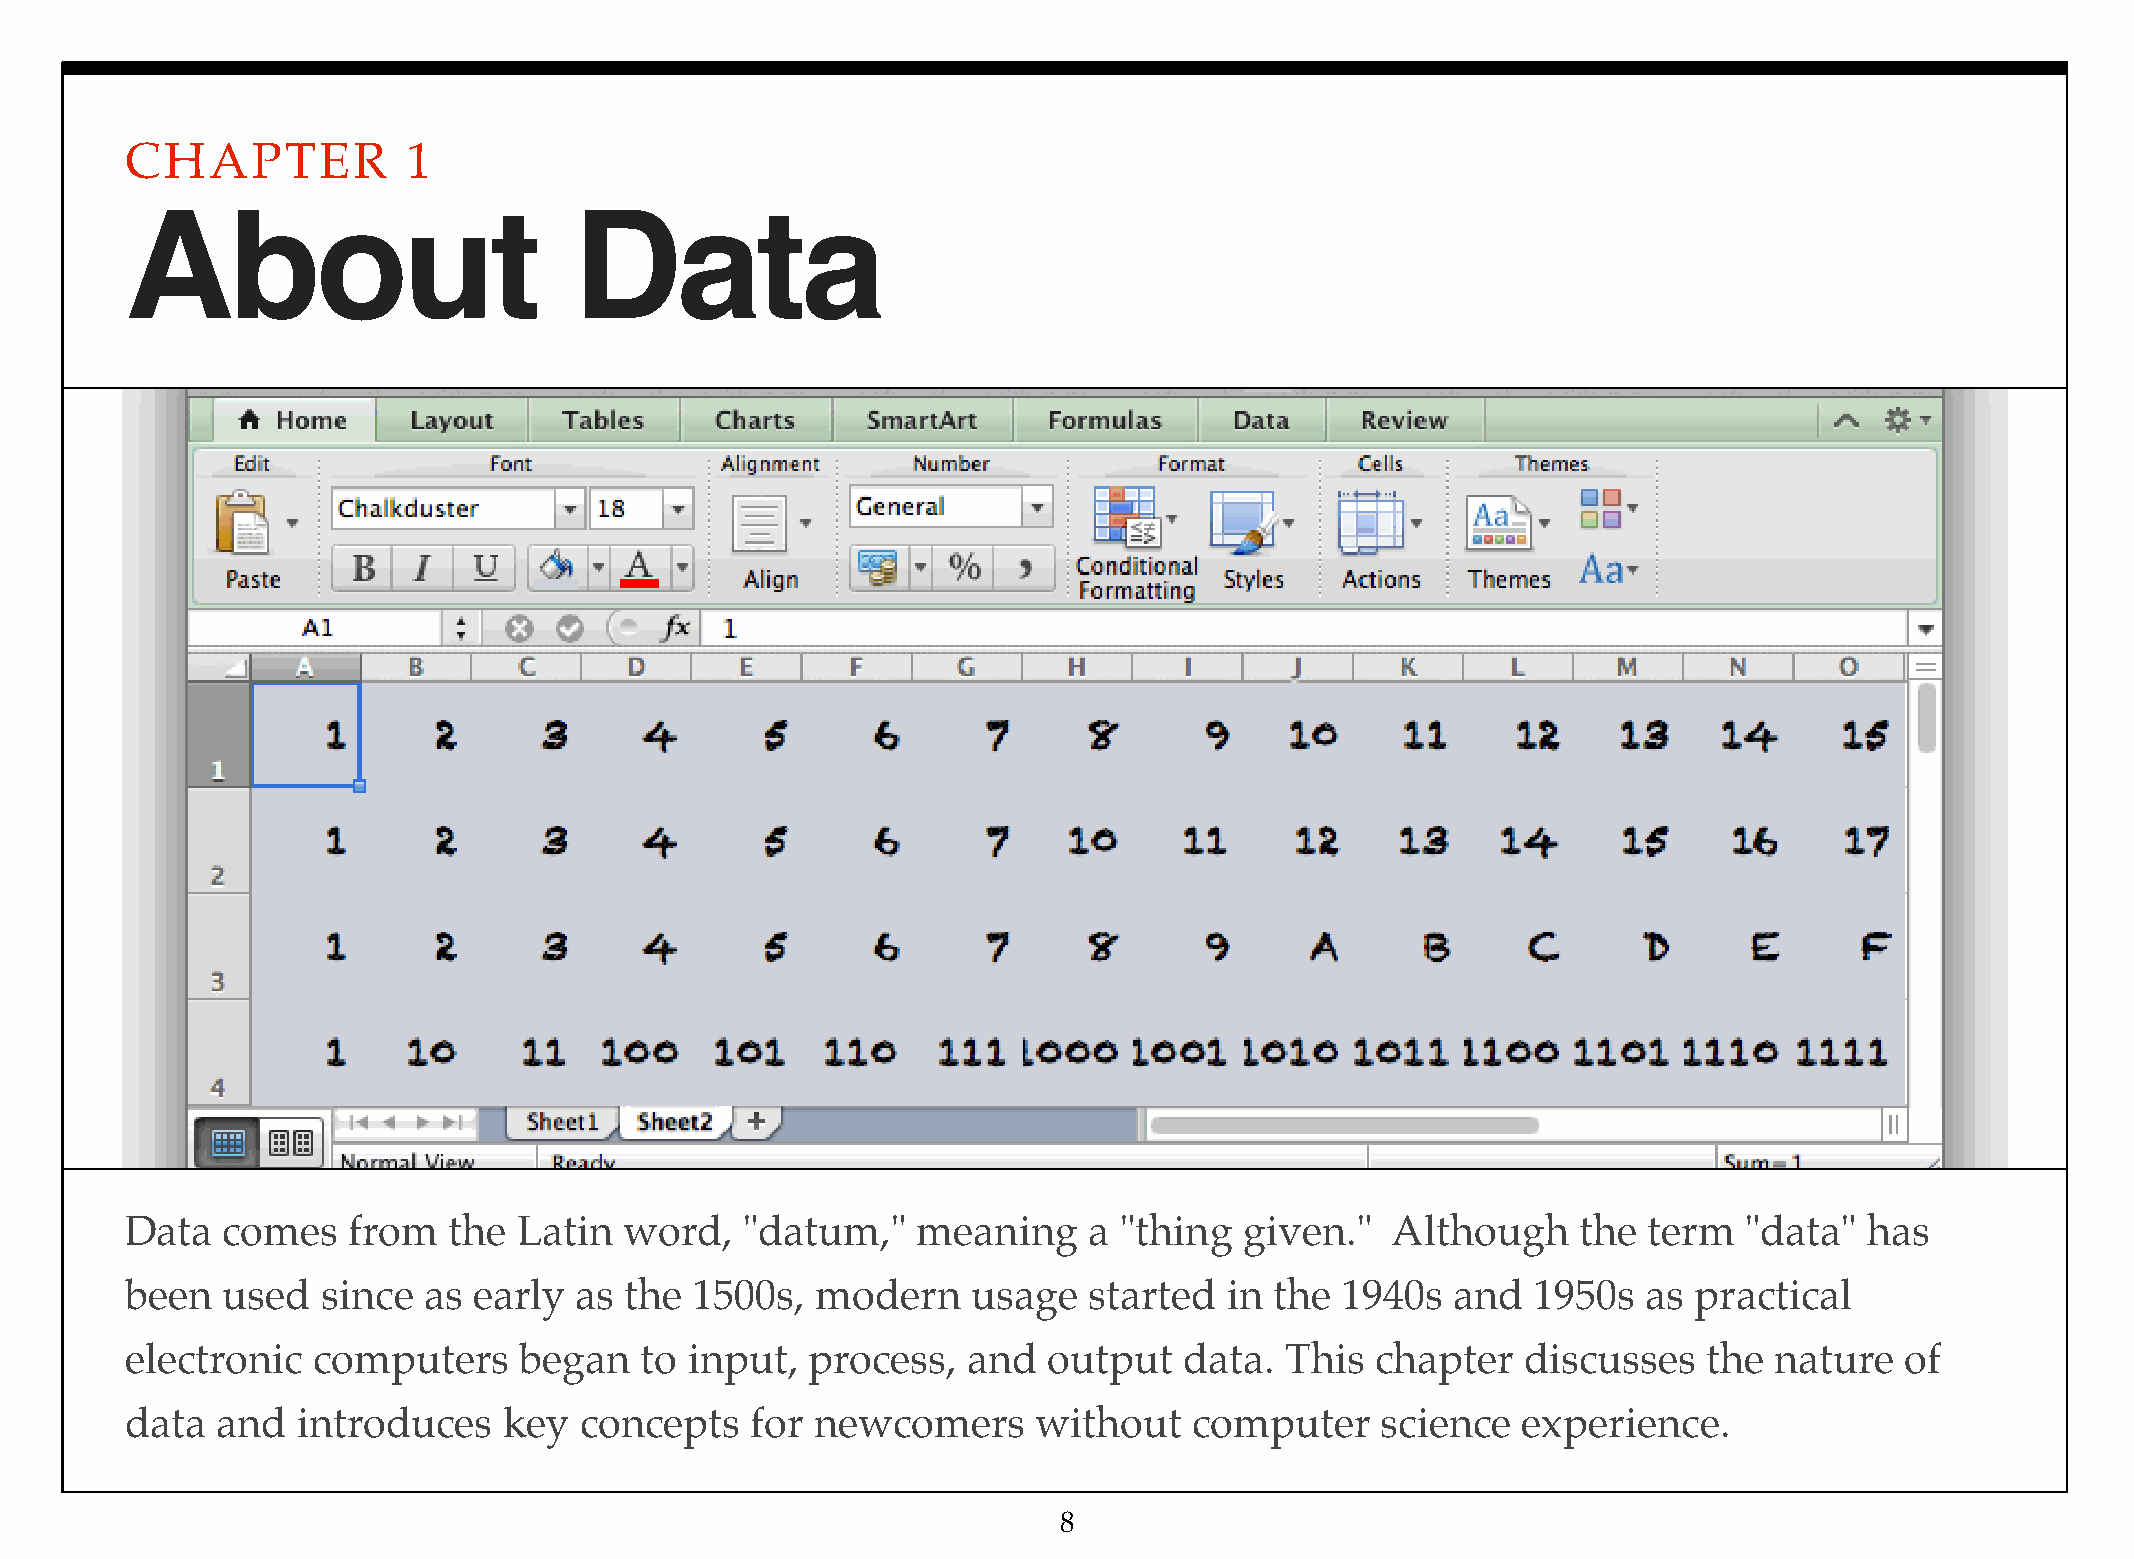
CHAPTER            1
 About                         Data
 Data   comes   from   the Latin  word,   "datum,"    meaning    a "thing  given."   Although     the term  "data"   has
 been   used  since  as early  as the  1500s,  modern    usage   started  in the  1940s  and   1950s  as practical
 electronic   computers    began   to  input,  process,  and  output   data.  This  chapter   discusses   the nature   of
 data  and   introduces   key  concepts    for newcomers      without   computer    science   experience.
 8